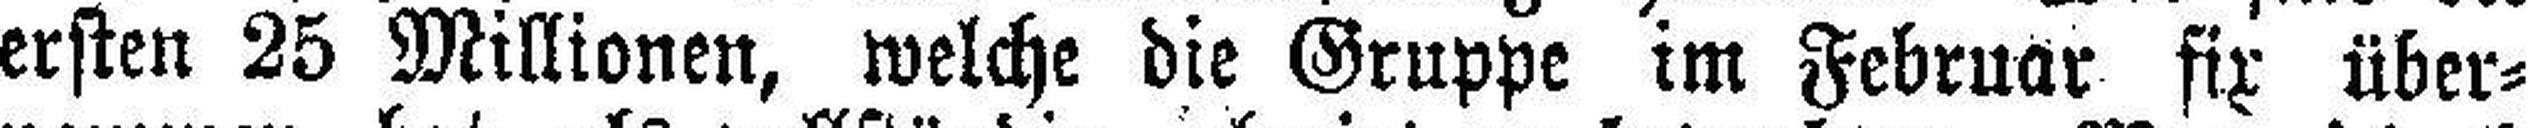
ersten 25 Millionen, welche die Gruppe im Februar fix über¬